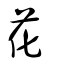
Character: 花